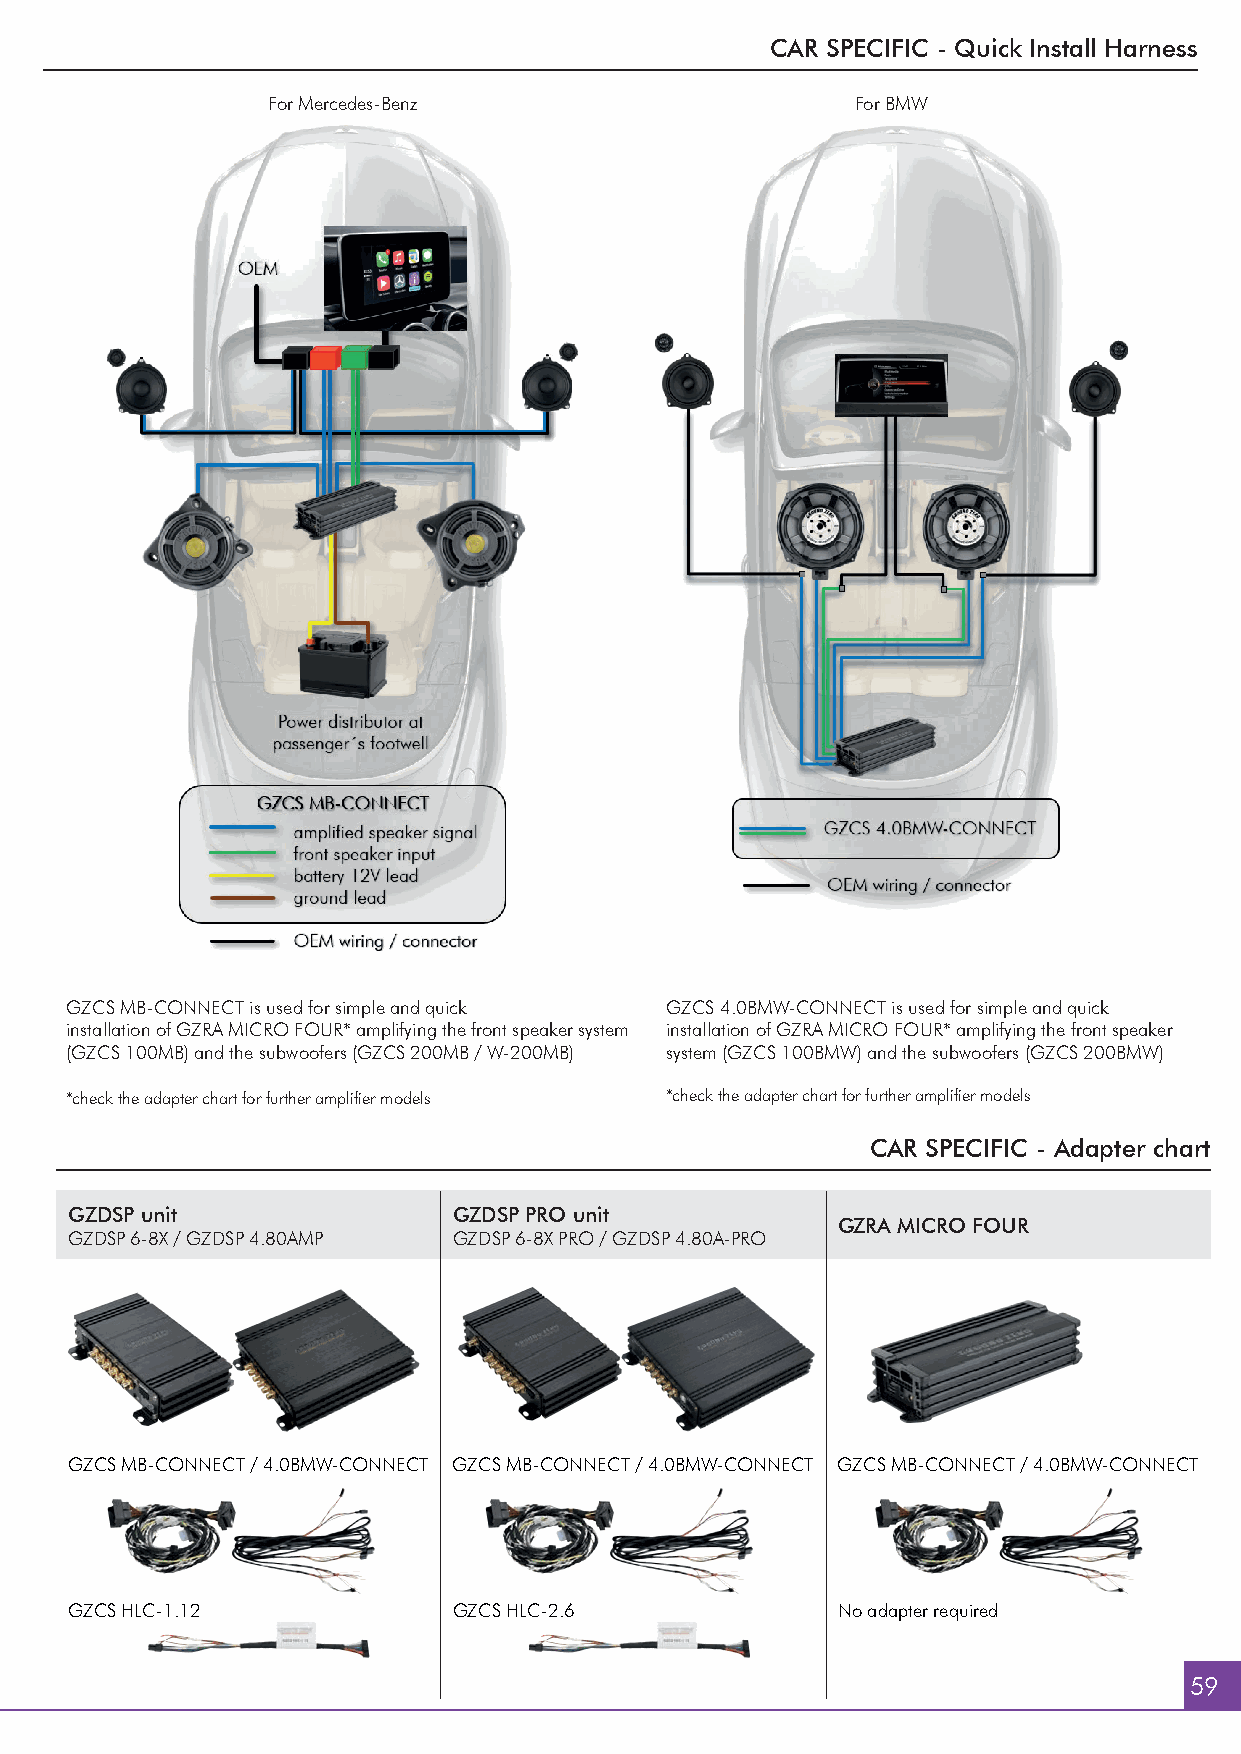
CAR SPECIFIC - Quick Install Harness
 For Mercedes-Benz                      For BMW
 GZCS MB-CONNECT is used for simple and quick GZCS 4.0BMW-CONNECT is used for simple and quick
 installation of GZRA MICRO FOUR* amplifying the front speaker system installation of GZRA MICRO FOUR* amplifying the front speaker
 (GZCS 100MB) and the subwoofers (GZCS 200MB / W-200MB) system (GZCS 100BMW) and the subwoofers (GZCS 200BMW)
 *check the adapter chart for further amplifi er models *check the adapter chart for further amplifi er models
 CAR SPECIFIC - Adapter chart
 GZDSP unit                GZDSP PRO unit
 GZRA MICRO FOUR
 GZDSP 6-8X / GZDSP 4.80AMP GZDSP 6-8X PRO / GZDSP 4.80A-PRO
 GZCS MB-CONNECT / 4.0BMW-CONNECT GZCS MB-CONNECT / 4.0BMW-CONNECT GZCS MB-CONNECT / 4.0BMW-CONNECT
 GZCS HLC-1.12             GZCS HLC-2.6             No adapter required
 59